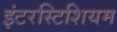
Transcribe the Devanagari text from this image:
इंटरस्टिशियम